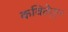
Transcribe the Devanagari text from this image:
कवितेतुन